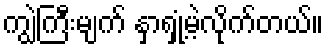
ကျွဲကြီးမျက် နှာရှုံ့မဲ့လိုက်တယ်။